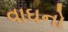
વાઘનો